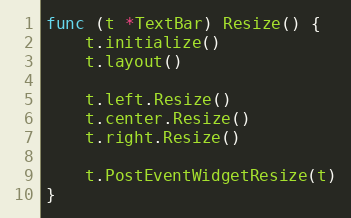
Language: Go
func (t *TextBar) Resize() {
	t.initialize()
	t.layout()

	t.left.Resize()
	t.center.Resize()
	t.right.Resize()

	t.PostEventWidgetResize(t)
}